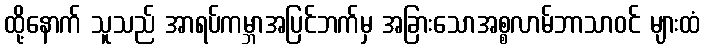
ထို့နောက် သူသည် အာရပ်ကမ္ဘာအပြင်ဘက်မှ အခြားသောအစ္စလာမ်ဘာသာဝင် များထံ